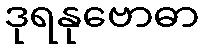
ဒုရနုဗောဓာ